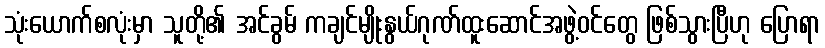
သုံးယောက်စလုံးမှာ သူတို့၏ အင်ခွမ် ကချင်မျိုးနွယ်ဂုဏ်ထူးဆောင်အဖွဲ့ဝင်တွေ ဖြစ်သွားပြီဟု ပြောရာ